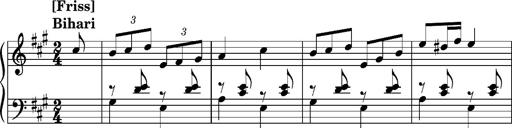
Title: Ungarischer Romanzero
Composer: Franz Liszt